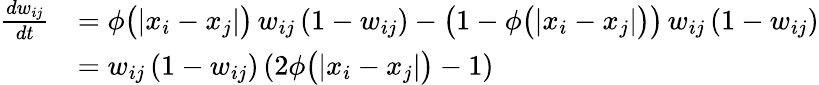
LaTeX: \begin{array}{rl}{\frac{dw_{ij}}{dt}}&{=\phi\big(|x_{i}-x_{j}|\big)\, w_{ij}\, (1-w_{ij})-\big(1-\phi\big(|x_{i}-x_{j}|\big)\big)\, w_{ij}\, (1-w_{ij})}\\ &{=w_{ij}\, (1-w_{ij})\, (2\phi\big(|x_{i}-x_{j}|\big)-1)}\end{array}